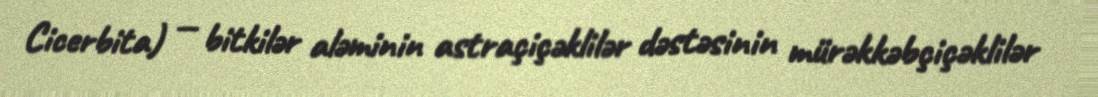
Cicerbita) — bitkilər aləminin astraçiçəklilər dəstəsinin mürəkkəbçiçəklilər